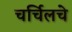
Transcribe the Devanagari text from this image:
चर्चिलचे